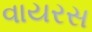
વાયરસ